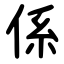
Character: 係